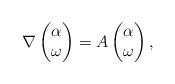
LaTeX: \begin{align*} \nabla\begin{pmatrix}\alpha\\ \omega\end{pmatrix}=A\begin{pmatrix}\alpha\\ \omega\end{pmatrix},\end{align*}